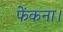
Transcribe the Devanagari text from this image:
फेंकना।